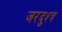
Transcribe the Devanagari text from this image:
जरदुश्त्र